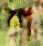
শ